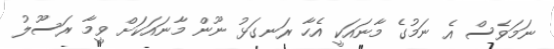
ނަމަވެސް އެ ނަމުގެ މާނައަކީ އެހާ ރަނގަޅު ނޫން މާނައަކަށް ވީމާ ރަސޫލު